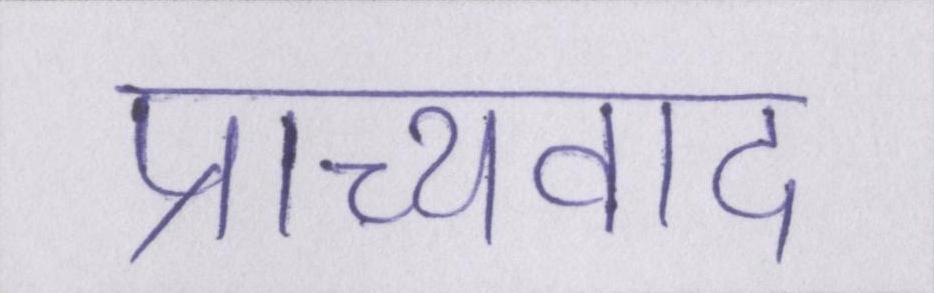
प्राच्यवाद